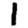
Digit: 1